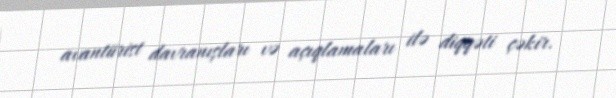
avantürist davranışları və açıqlamaları ilə diqqəti çəkir.